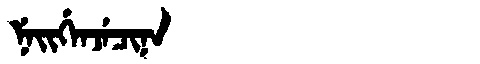
Manchu: ᠨᡝᡳᡤᡝᠨᠵᡝᠴᡳᠨᠠ
Romanization: NEIGENJECINA